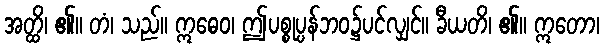
အတ္ထိ၊ ၏။ တံ၊ သည်။ ဣဓေဝ၊ ဤပစ္စုပ္ပန်ဘဝ၌ပင်လျှင်။ ခီယတိ၊ ၏။ ဣတော၊